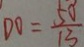
D O = \frac { 5 0 } { 1 3 }